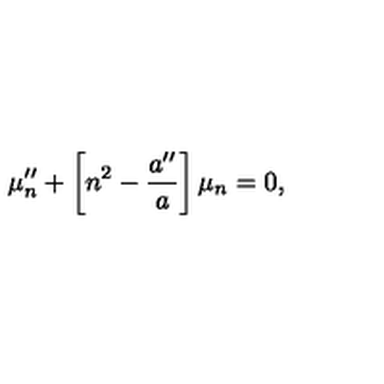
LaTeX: \mu _ { n } ^ { \prime \prime } + \left[ n ^ { 2 } - \frac { a ^ { \prime \prime } } { a } \right] \mu _ { n } = 0 ,